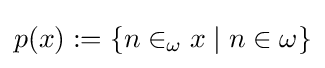
p(x):=\{n\in _{\omega }x\mid n\in \omega \}